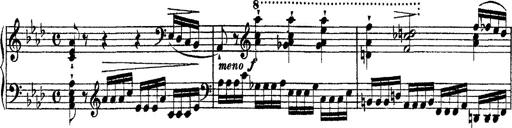
Title: Ã‰tudes d'exÃ©cution transcendante d'aprÃ¨s Paganini
Composer: Franz Liszt